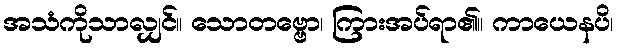
အသံကိုသာလျှင်။ သောတဗ္ဗော၊ ကြားအပ်ရာ၏။ ကာယေနပိ၊